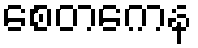
စေတကေန